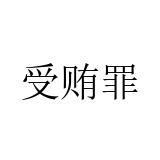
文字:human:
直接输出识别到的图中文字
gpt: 受贿罪